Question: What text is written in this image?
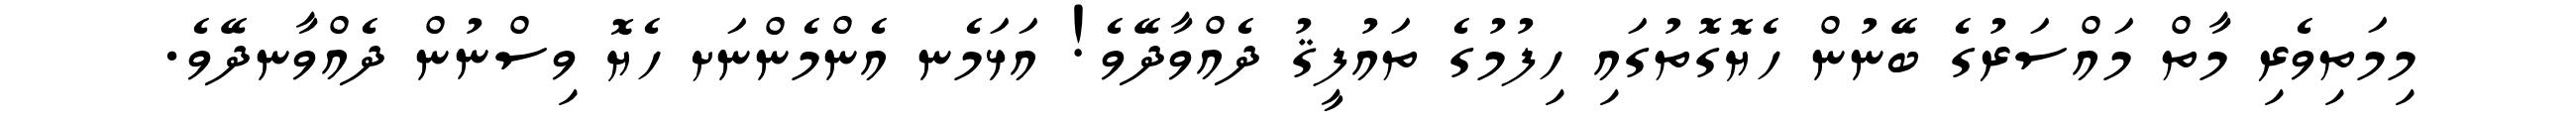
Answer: މިމަތިވެރި މާތް މައްސަރުގެ ބޭނުން ހެޔޮގޮތުގައި ހިފުމުގެ ތައުފީޤު ދެއްވާދޭވެ! އަޅަމެނ އެންމެންނަށ ހެޔޮ ވިސްނުން ދެއްވާނދޭވެ.